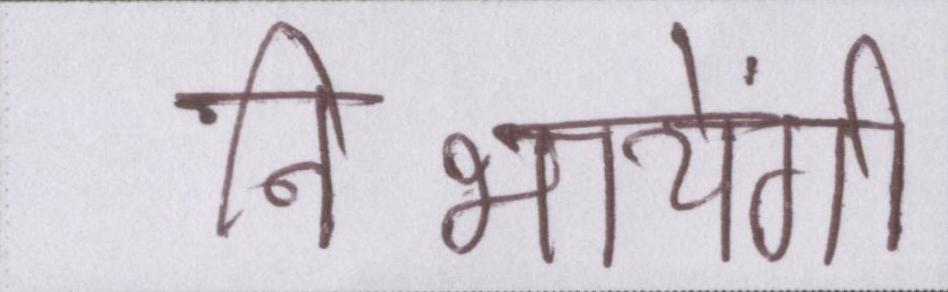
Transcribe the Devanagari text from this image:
निभायेंगी